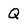
Character: Q